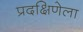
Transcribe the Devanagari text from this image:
प्रदक्षिणेला